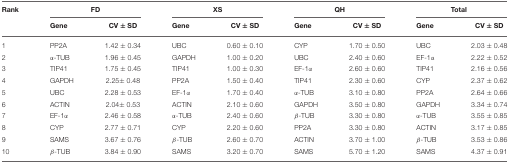
<table><thead><tr><td><b>Rank</b></td><td colspan="2"><b>FD</b></td><td colspan="2"><b>XS</b></td><td colspan="2"><b>QH</b></td><td colspan="2"><b>Total</b></td></tr><tr><td></td><td><b>Gene</b></td><td><b>CV ± SD</b></td><td><b>Gene</b></td><td><b>CV ± SD</b></td><td><b>Gene</b></td><td><b>CV ± SD</b></td><td><b>Gene</b></td><td><b>CV ± SD</b></td></tr></thead><tbody><tr><td>1</td><td>PP2A</td><td>1.42 ± 0.34</td><td>UBC</td><td>0.60 ± 0.10</td><td>CYP</td><td>1.70 ± 0.50</td><td>UBC</td><td>2.03 ± 0.48</td></tr><tr><td>2</td><td>α-TUB</td><td>1.96 ± 0.45</td><td>GAPDH</td><td>1.00 ± 0.20</td><td>UBC</td><td>2.40 ± 0.60</td><td>EF-1α</td><td>2.22 ± 0.52</td></tr><tr><td>3</td><td>TIP41</td><td>1.75 ± 0.45</td><td>TIP41</td><td>1.00 ± 0.30</td><td>EF-1α</td><td>2.60 ± 0.60</td><td>TIP41</td><td>2.16 ± 0.56</td></tr><tr><td>4</td><td>GAPDH</td><td>2.25± 0.48</td><td>PP2A</td><td>1.50 ± 0.40</td><td>TIP41</td><td>2.30 ± 0.60</td><td>CYP</td><td>2.37 ± 0.62</td></tr><tr><td>5</td><td>UBC</td><td>2.28 ± 0.53</td><td>EF-1α</td><td>1.70 ± 0.40</td><td>α-TUB</td><td>3.10 ± 0.80</td><td>PP2A</td><td>2.64 ± 0.66</td></tr><tr><td>6</td><td>ACTIN</td><td>2.04± 0.53</td><td>ACTIN</td><td>2.10 ± 0.60</td><td>GAPDH</td><td>3.50 ± 0.80</td><td>GAPDH</td><td>3.34 ± 0.74</td></tr><tr><td>7</td><td>EF-1α</td><td>2.46 ± 0.58</td><td>α-TUB</td><td>2.40 ± 0.60</td><td>β-TUB</td><td>3.30 ± 0.80</td><td>α-TUB</td><td>3.55 ± 0.85</td></tr><tr><td>8</td><td>CYP</td><td>2.77 ± 0.71</td><td>CYP</td><td>2.20 ± 0.60</td><td>PP2A</td><td>3.30 ± 0.80</td><td>ACTIN</td><td>3.17 ± 0.85</td></tr><tr><td>9</td><td>SAMS</td><td>3.67 ± 0.76</td><td>β-TUB</td><td>2.60 ± 0.70</td><td>ACTIN</td><td>3.70 ± 1.00</td><td>β-TUB</td><td>3.53 ± 0.86</td></tr><tr><td>10</td><td>β-TUB</td><td>3.84 ± 0.90</td><td>SAMS</td><td>3.20 ± 0.70</td><td>SAMS</td><td>5.70 ± 1.20</td><td>SAMS</td><td>4.37 ± 0.91</td></tr></tbody></table>